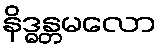
နိဒ္ဓန္တမလော